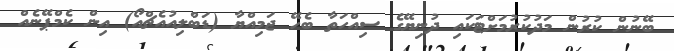
ބޭނުން ކުރުން މަދުކުރުމަށްޓަކައި ދުނިޔޭގެ ސިއްހަތާ ބެހޭ ޖަމިއްޔާ (ޑަބްލިއުއެޗްއޯ) އިން ކެމްޕޭނެއް